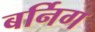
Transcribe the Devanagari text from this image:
बर्निग